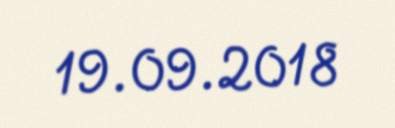
19.09.2018